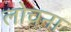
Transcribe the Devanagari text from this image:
लोचना